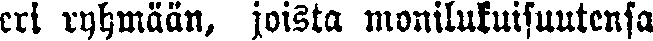
eri ryhmään, joista monilukuisuutensa